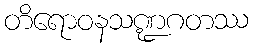
တိရောဝနသဏ္ဍဂတဿ